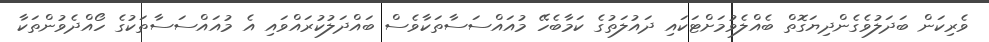
ވެރިކަން ބަދަލުވެގެންދިޔަގޮތް ބެއްލެވުމަށްޓަކައި ދައުލަތުގެ ކަމާބެހޭ މުއައްސަސާތަކާވެސް ބައްދަލުކުރައްވައި އެ މުއައްސަސާތަކުގެ ހޯއްދެވުންތަކާ